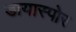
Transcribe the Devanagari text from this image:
डायास्पोर